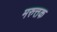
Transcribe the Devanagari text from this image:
मरुत्तक